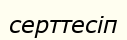
серттесіп